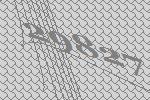
29827